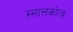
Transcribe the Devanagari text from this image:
स्नात्तकोत्त्र